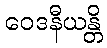
ဝေဒနီယန္တိ